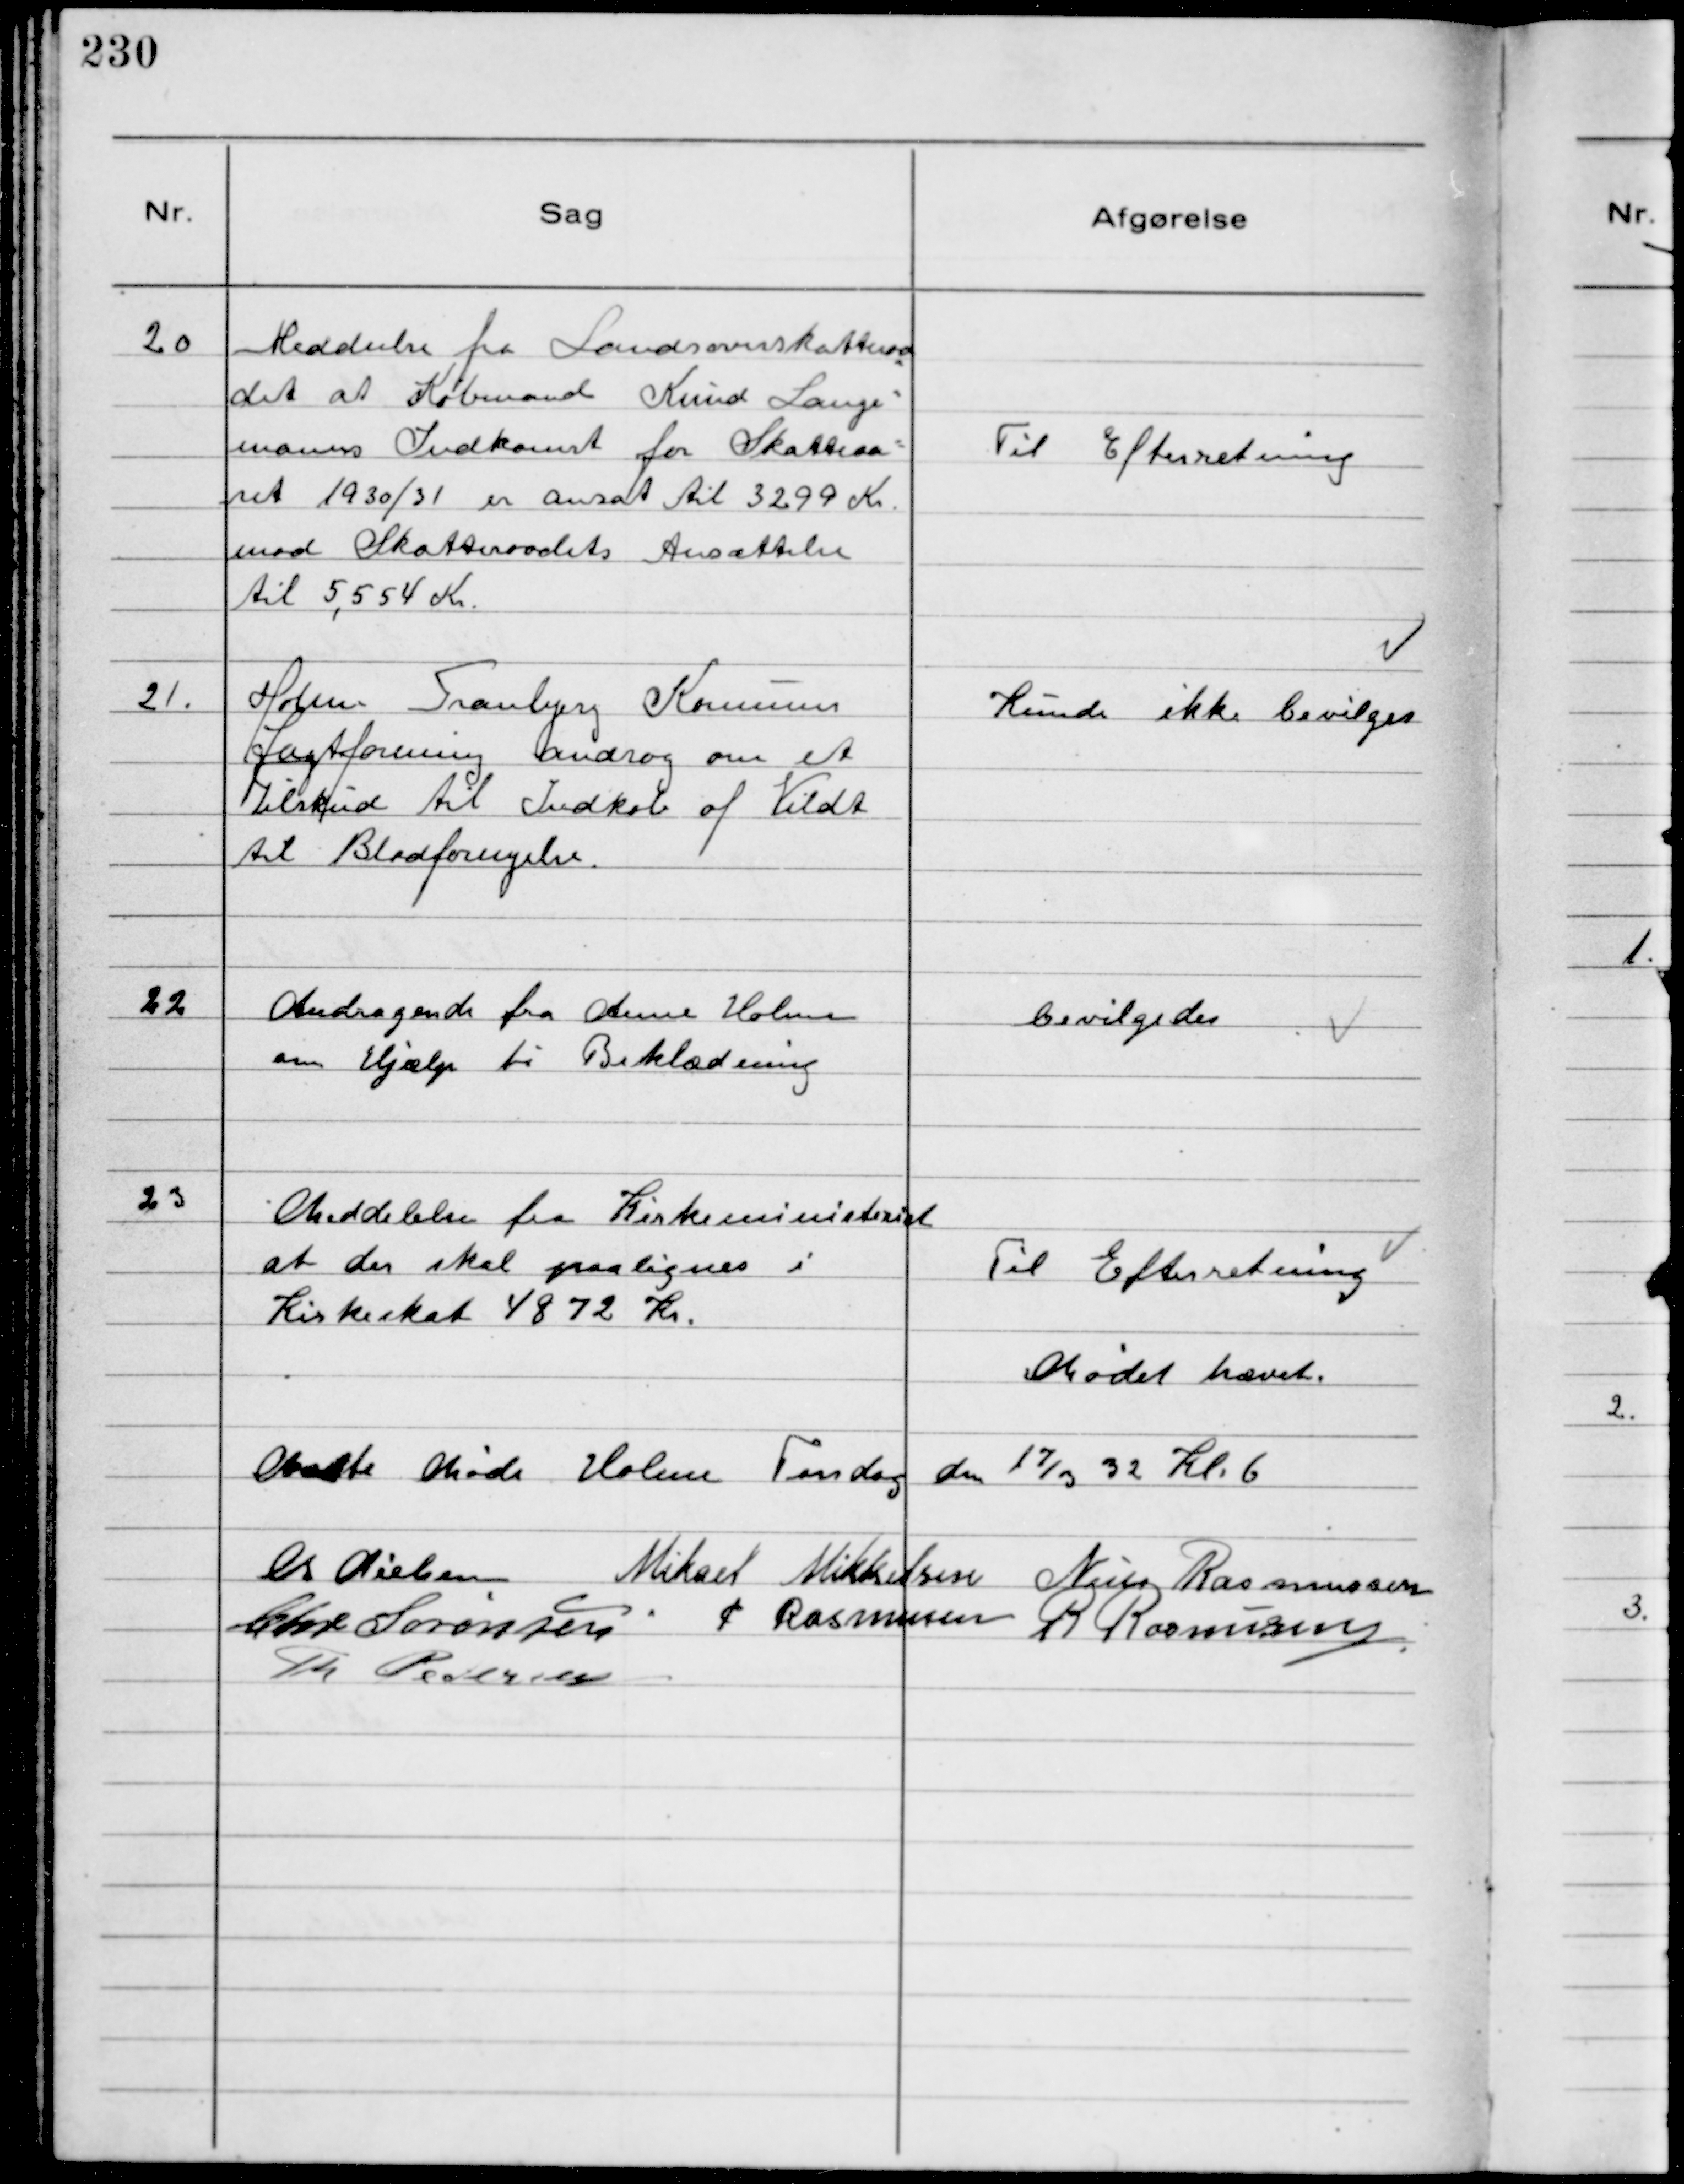
Transskription:
20
Meddeelse fra Landsoverskatteraa
det at Købmand Knud Lange-
manns Indkomst for Skatteaa-
ret 1930/31 er ansat til 3299 Kr.
mod Skatteraadets Ansættelse
til 5,554 Kr.

Til Efterretning

21.
Holme Tranbjerg Kommunes
Jagtforening androg om et
Tilskud til Indkøb af Vildt
til Blodfornyelse.

Kunde ikke bevilges

22
Andragende fra Anne Holme
om Hjælp til Beklædning

Bevilgedes

23
Meddelelse fra Kirkeministeriet
at der skal paalignes i
Kirkeskat 4872 Kr.

Til Efterretning

Mødet hævet

Næste Møde Holme Torsdag den 17/3 32 Kl. 6
Chr Nielsen Mikael Mikkelsen Niels Rasmussen
Chr Sørensen P Rasmussen R Rasmussen
Th Pedersen